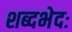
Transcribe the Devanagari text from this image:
शब्दभेदः